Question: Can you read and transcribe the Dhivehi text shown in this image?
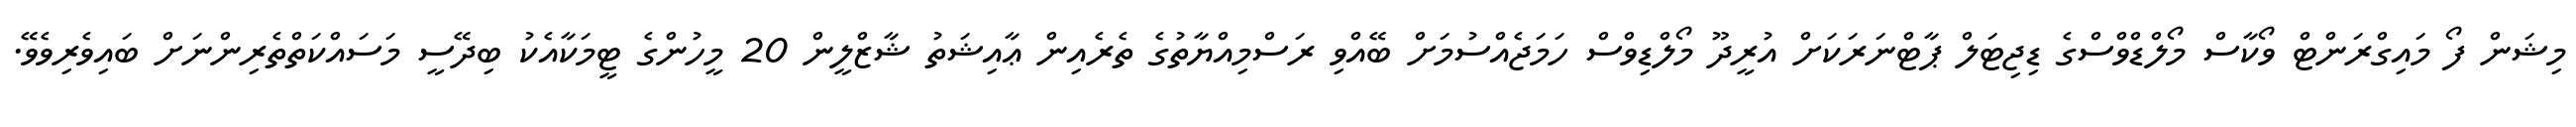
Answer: މިޝަން ފޯ މައިގްރަންޓް ވޯކާސް މޯލްޑްވްސްގެ ޑިޖިޓަލް ޕާޓްނަރަކަށް އުރީދޫ މޯލްޑިވްސް ހަމަޖެއްސުމަށް ބޭއްވި ރަސްމިއްޔާތުގެ ތެރެއިން ޢާއިޝަތު ޝާޒްލީން 20 މީހުންގެ ޓީމަކާއެކު ބިދޭސީ މަސައްކަތްތެރިންނަށް ބައިވެރިވެވޭ.